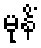
မုနိံ